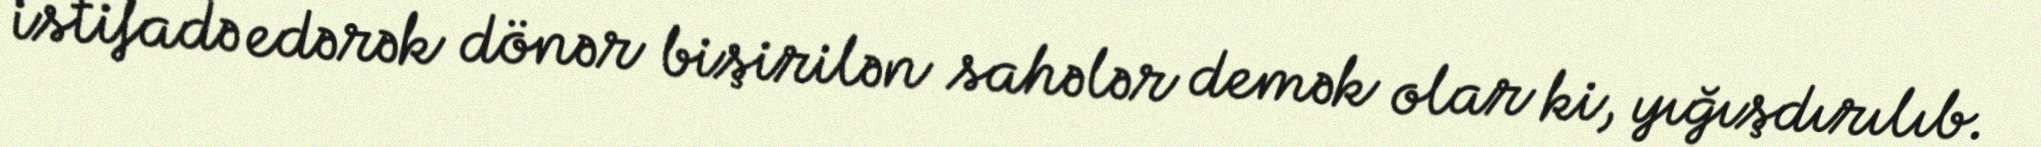
istifadə edərək dönər bişirilən sahələr demək olar ki, yığışdırılıb.